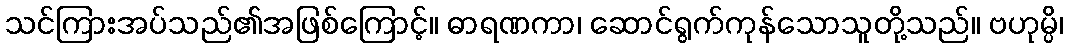
သင်ကြားအပ်သည်၏အဖြစ်ကြောင့်။ ဓာရဏကာ၊ ဆောင်ရွက်ကုန်သောသူတို့သည်။ ဗဟုမ္ပိ၊